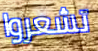
تشعروا